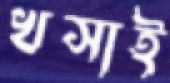
খসাই